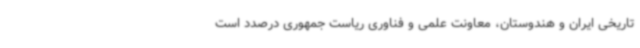
تاریخی ایران و هندوستان، معاونت علمی و فناوری ریاست جمهوری درصدد است